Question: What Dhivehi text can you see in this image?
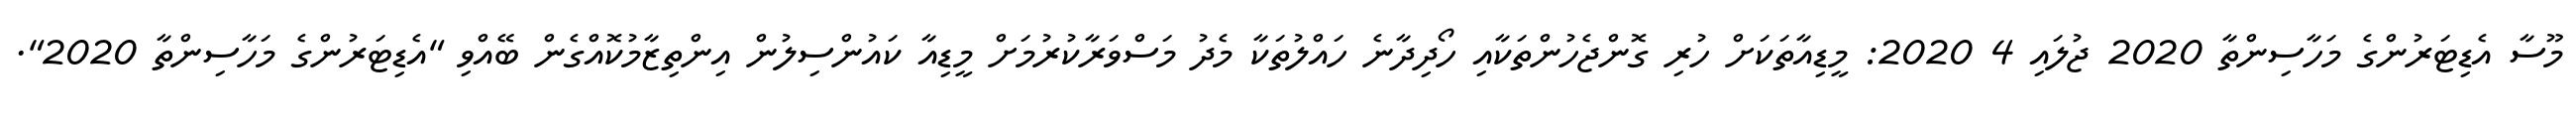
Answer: މޫސާ އެޑިޓަރުންގެ މަހާސިންތާ 2020 ޖުލައި 4 2020: މީޑިއާތަކަށް ހުރި ގޮންޖެހުންތަކާއި ހޯދިދާނެ ހައްލުތަކާ މެދު މަސްވަރާކުރުމަށް މީޑިއާ ކައުންސިލުން އިންތިޒާމުކޮއްގެން ބޭއްވި "އެޑިޓަރުންގެ މަހާސިންތާ 2020".